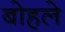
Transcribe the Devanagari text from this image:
बोहले